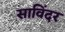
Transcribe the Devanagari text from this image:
साविंदर